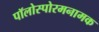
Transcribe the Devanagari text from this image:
पॉलोस्पोरमनामक